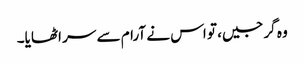
وہ گرجیں، تو اس نے آرام سے سر اٹھایا۔